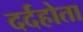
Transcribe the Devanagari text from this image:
दर्दहोता